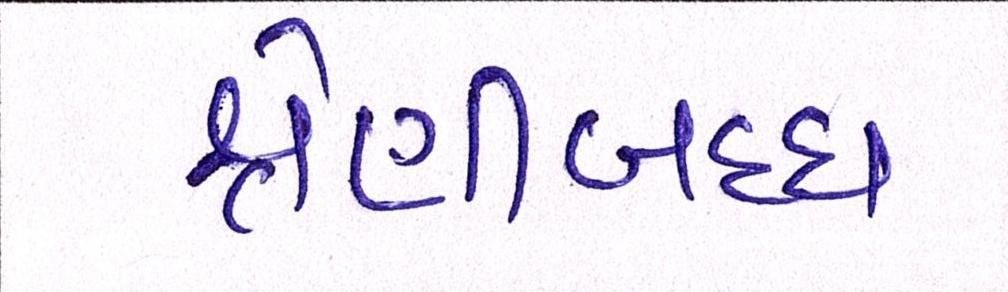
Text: શ્રેણીબધ્ધ